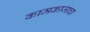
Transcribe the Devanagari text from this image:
कामकाजाचा